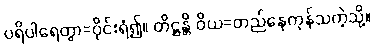
ပရိပါရေတွာ=ဝိုင်းရံ၍။ တိဋ္ဌန္တိ ဝိယ=တည်နေကုန်သကဲ့သို့။